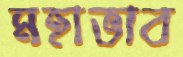
মহাভাব